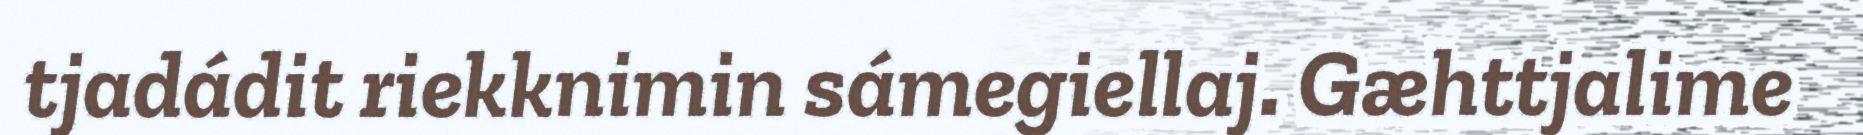
tjadádit riekknimin sámegiellaj. Gæhttjalime